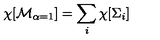
\chi [ { \cal M } _ { \alpha = 1 } ] = \sum _ { i } \chi [ \Sigma _ { i } ]